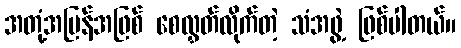
အတုံ့အပြန်အဖြစ် စေလွှတ်လိုက်တဲ့ သံအဖွဲ့ ဖြစ်ပါတယ်။